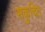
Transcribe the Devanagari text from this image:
सकुचित